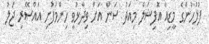
ފުލުހުންގެ މީޑިއާ އޮފިޝަލް މިއަދު ސަން އަށް ވިދާޅުވީ ހިންމަފުށި އައްސޭރި ޖަލު